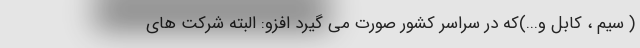
( سیم ، کابل و...)که در سراسر کشور صورت می گیرد افزو: البته شرکت های